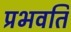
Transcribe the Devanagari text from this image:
प्रभवति